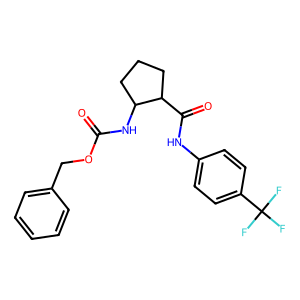
SMILES: O=C(NC1CCCC1C(=O)Nc1ccc(C(F)(F)F)cc1)OCc1ccccc1
Inhibits HIV replication: No